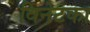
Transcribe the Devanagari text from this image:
विनेटका